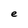
Character: e